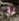
لة